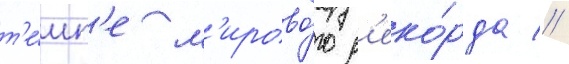
т'е́мп'е м'ирово́го р'еко́рда //